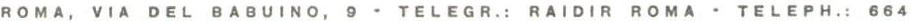
ROMA, VIA DEL BABUINO, 9 - TELEGR.: RAIDIR ROMA - TELEPH.: 664